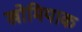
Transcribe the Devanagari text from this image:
खोमियाक